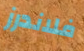
فلاندرز